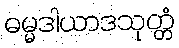
ဓမ္မဒါယာဒသုတ္တံ